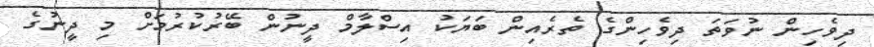
ދިވެހިން ނުވަތަ ދިވެހިންގެ ތެރެއިން ބަޔަކު އިސްލާމް ދީނުން ބޭރުކުރުމަށް މި ދީނުގެ